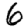
Digit: 6